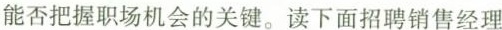
能否把握职场机会的关键.读下面招聘销售经理